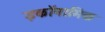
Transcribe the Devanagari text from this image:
इकॉनामिक